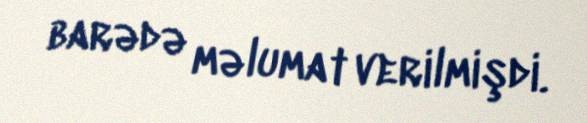
barədə məlumat verilmişdi.